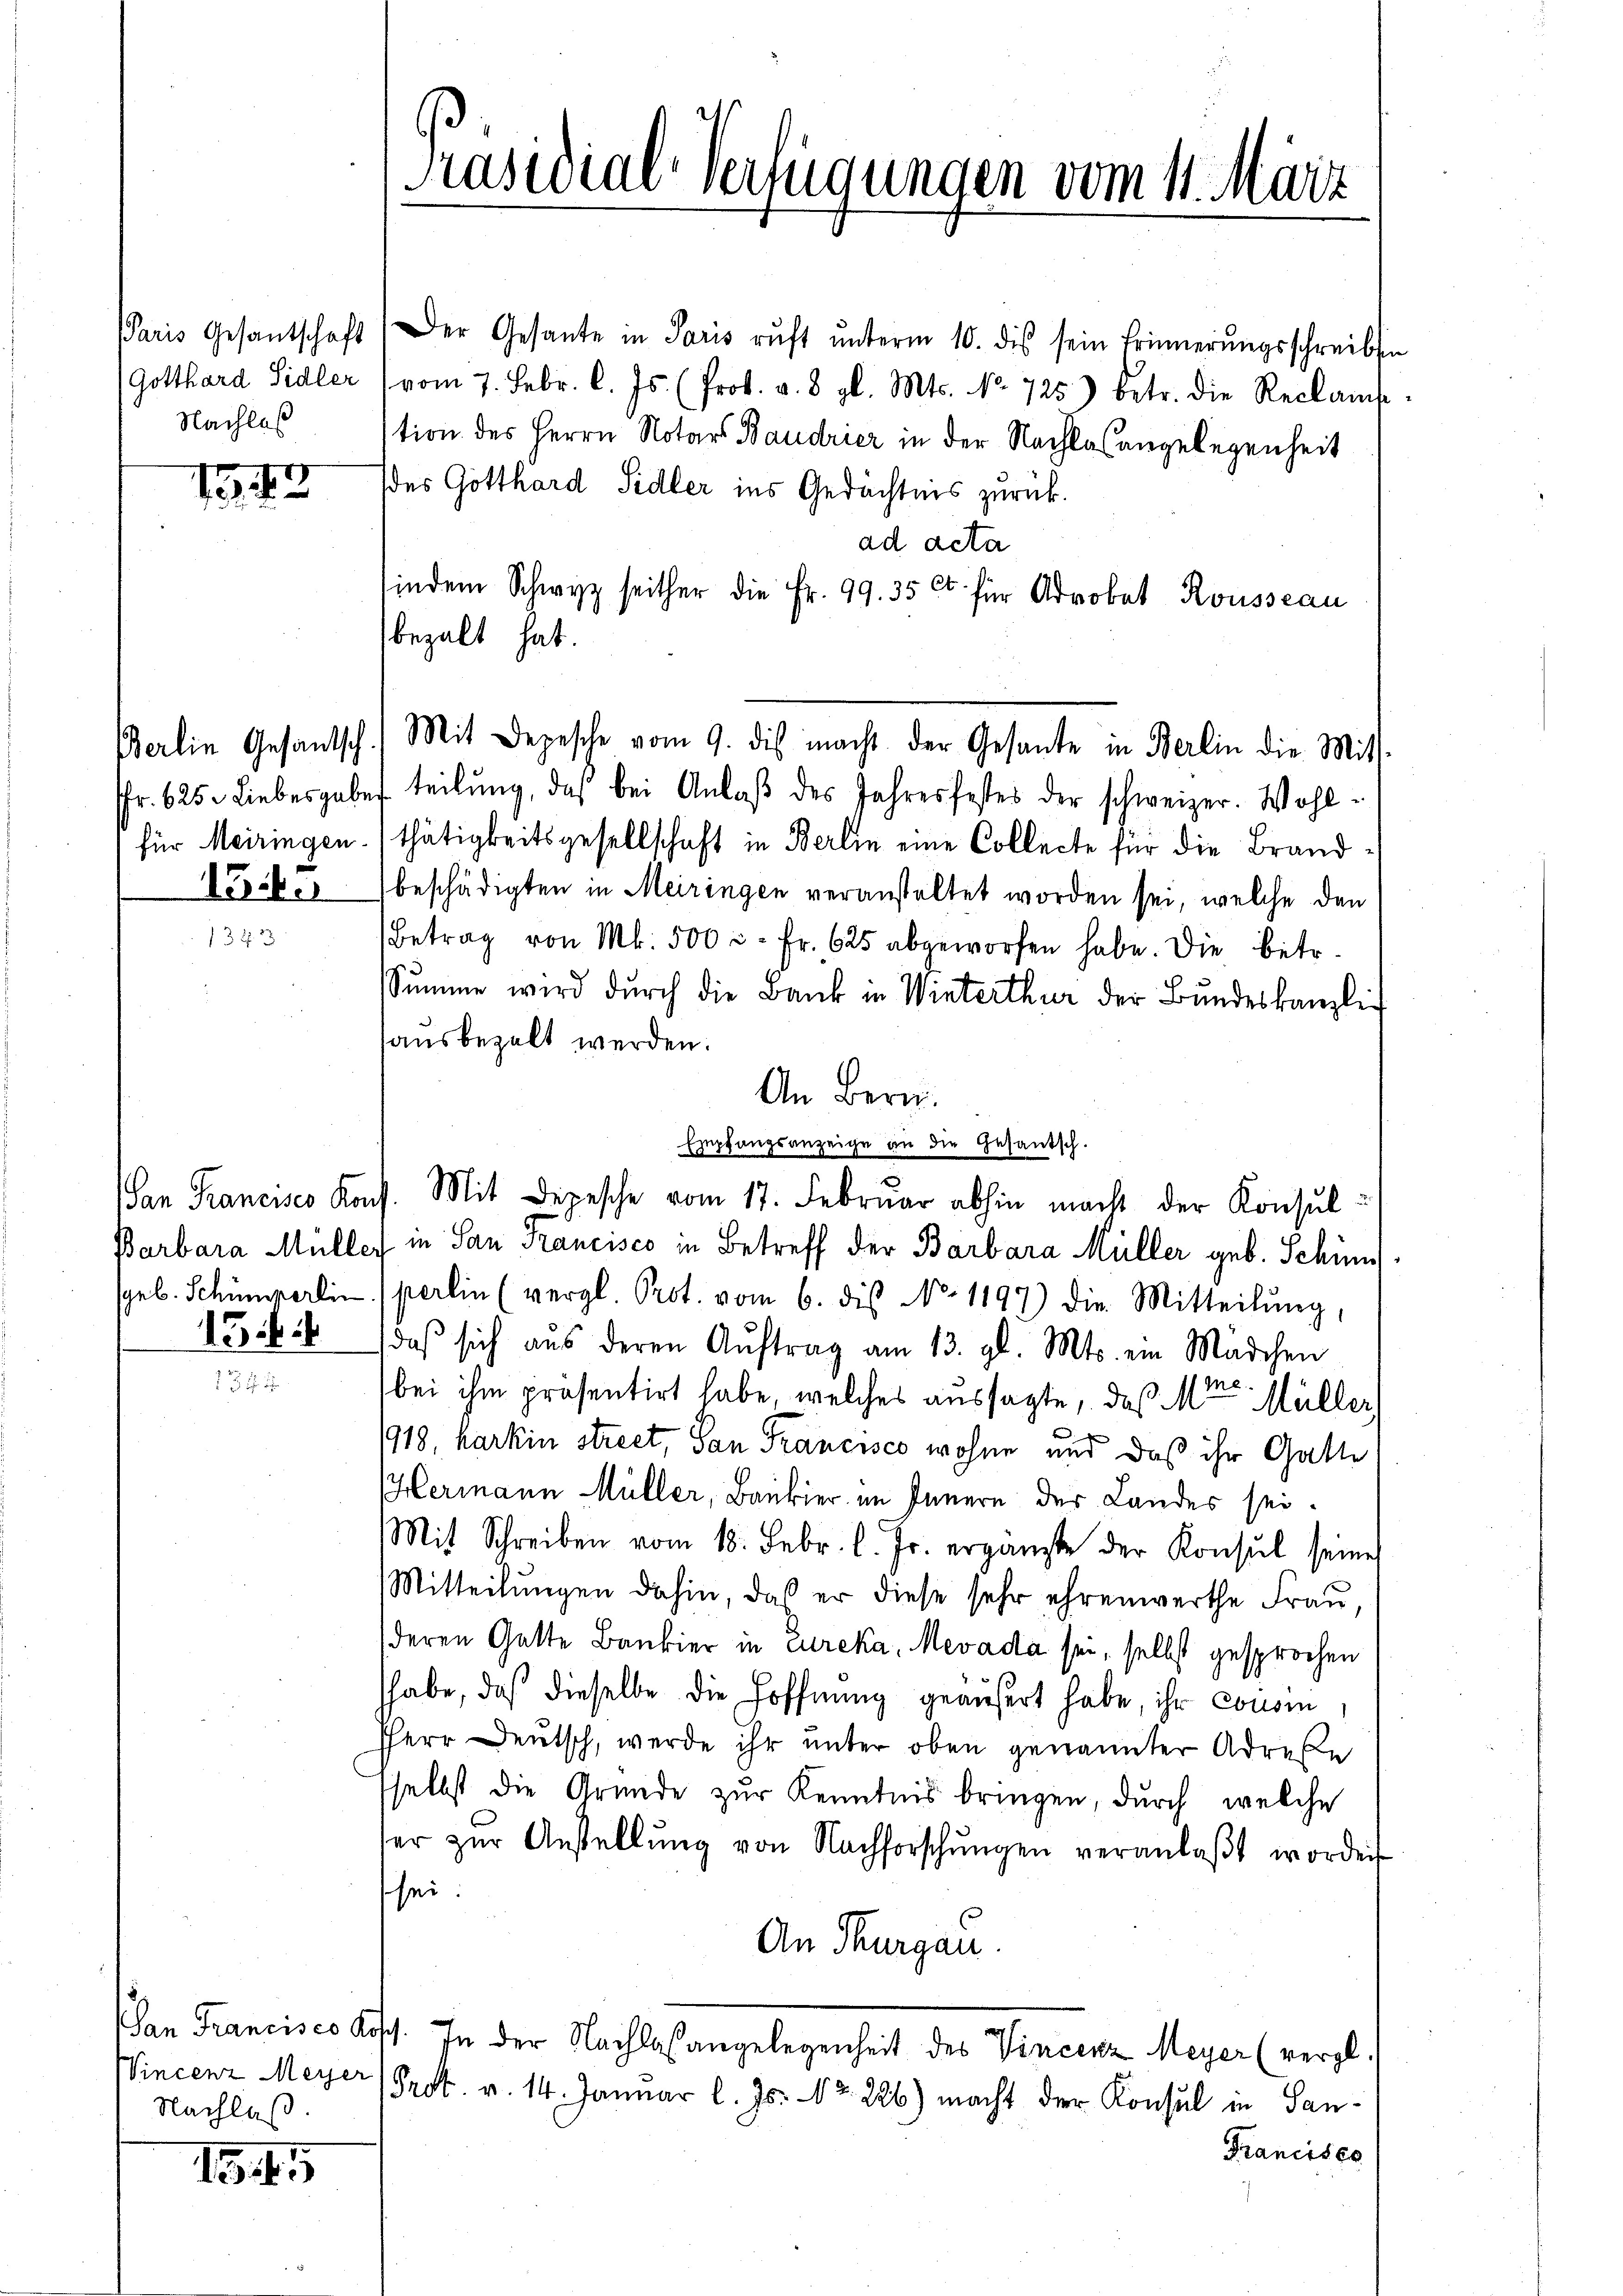
Nachlas

7
15

154.

154

Vincenz Meyer
Nachlaß.

1345

Paris Gesantschaft (Der Gesante in Paris rŭft ŭnterm 10. dis sein Erinnerungsschreiben
(Gotthard Sidler vom 7. Febr. l. Js. (Prot. v. 8. gl. Mts. No. 725) betr. die Reclam
tion des Herrn Notars Baudrier in der Nachlaßangelegenheit
(des Gotthard Sidler ins Gedächtnis zurück.
ad acta
indem Schwyz seither die Fr. 99. 35 et für Advokat Rousseau
bezalt hat.
Berlin Gesantsch.) Mit Depesche vom 9. dis macht der Gesante in Berlin die Mits-
fr. 625. Liebesgabe teilŭng, daß bei Anlaβ des Jahresfestes der schweizer. Wohlfür Meiringen (thätigkeitsgesellschaft in Berlin eine Collecte für die Brand
beschädigten in Meiringen veranstaltet worden sei, welche den
Betrag von Mk. 500 c. fr. 625 abgeworfen habe. Die betr.
Sŭmme wird dŭrch die Bank in Winterthur der Bundeskanzlich
hausbezalt werden.
An Bern.
Empfangsanzeige an die Gesantsch.
San Francises Koch. Mit Depesche vom 17. Febrŭar abhin macht der Konsul¬
Barbara Müller in San Francisco in Betreff der Barbara Müller geb. Schön¬
(geb. Schumperlin (perlin (vergl. Prot. vom 6. dis No. 1197) die Mitteilŭng,
daβ sich aus deren Aŭftrag am 13. gl. Mts. ein Mädchen
bei ihm präsentirt habe, welches aussagte, daß Mor. Müller
1918, karkin street, San Francisco wohne und daß ihr Gatte
Hermann Müller, Baukier im Innern der Landes sei.
Mit Schreiben vom 18. Febr. l. Js. ergänzte der Konsul seine
Mitteilŭngen dahin, das er diese sehr ehrenwerthe Frau,
deren Gatte Bankier in Eureka, Mevada sei, selbst gesprochen
habe, daß dieselbe die Hoffnung geäußert habe, ihr consin¬
Herr Deutsch, werde ihr unter oben genannter Adrese
selbst die Gründe zur Kenntnis bringen, durch welche
her zŭr Anstellŭng von Nachforschŭngen veranlaβt worde
sei.
An Thurgau.
San Francisco Kosch. In der Nachlaßangelegenheit des Vincenz Meyer (vergl.
Prok. v. 14. Januar l. Js. No. 226) macht der Konsul in San¬
Francisce

Präsidial-Verfügungen vom 11. März